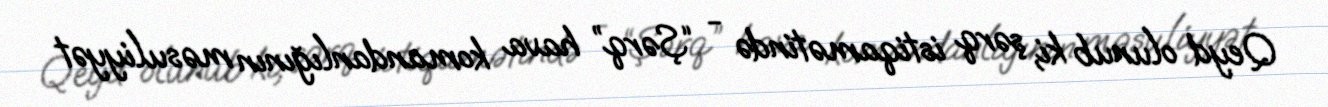
Qeyd olunub ki, şərq istiqamətində - “Şərq” hava komandanlığının məsuliyyət